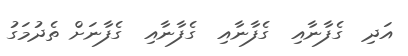
އަދި  ގެފާނާއި  ގެފާނާއި  ގެފާނާއި  ގެފާނަށް ތެދުމަގު